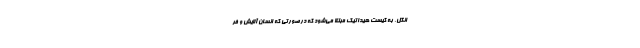
انگل، به کیست هیداتیک مبتلا می‌شود که درصورتی که انسان آلایش و فر